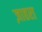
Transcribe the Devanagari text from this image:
ज़ाहरा